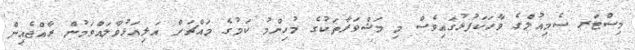
މިސްޓަރ ސެމިއުލްގެ ވާހަކަފުޅުގައިވެސް މި މަޝްވަރާތަކުގެ މުހިންމު ކަމުގެ މައްޗަށް އަލިއަޅުވާލައްވަމުން ރާއްޖެއިން